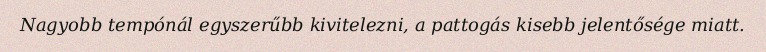
Nagyobb tempónál egyszerűbb kivitelezni, a pattogás kisebb jelentősége miatt.